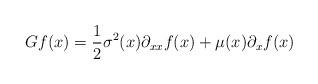
LaTeX: \begin{align*}G f(x) = \frac{1}{2}\sigma^2(x)\partial_{xx}f(x) + \mu(x)\partial_x f(x)\end{align*}